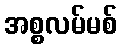
အစ္စလမ်မစ်